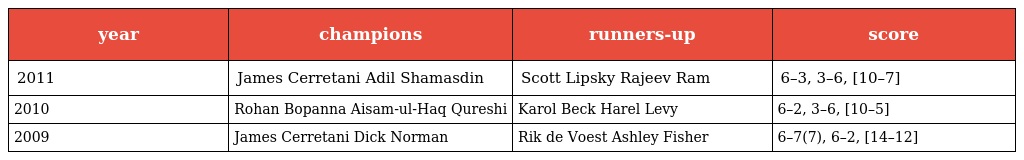
| year | champions | runners-up | score |
 | --- | --- | --- | --- |
 | 2011 | James Cerretani Adil Shamasdin | Scott Lipsky Rajeev Ram | 6–3, 3–6, [10–7] |
 | 2010 | Rohan Bopanna Aisam-ul-Haq Qureshi | Karol Beck Harel Levy | 6–2, 3–6, [10–5] |
 | 2009 | James Cerretani Dick Norman | Rik de Voest Ashley Fisher | 6–7(7), 6–2, [14–12] |